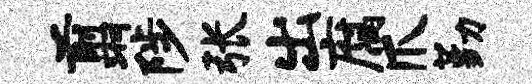
翦陟张出腐爪勤